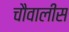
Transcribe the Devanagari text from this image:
चौवालीस